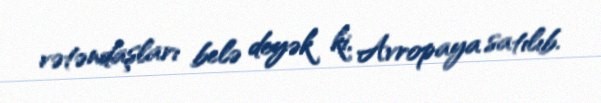
vətəndaşları belə deyək ki, Avropaya satılıb.